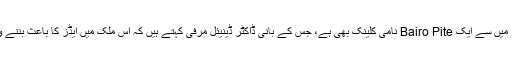
دیلی میں ایڈز کے مریضوں کا رضاکارانہ بنیادوں پر طبی معائنہ کرنے والے چند فلاحی مراکز میں سے ایک Bairo Pite نامی کلینک بھی ہے، جس کے بانی ڈاکٹر ڈینیئل مرفی کہتے ہیں کہ اس ملک میں ایڈز کا باعث بننے والے HIV وائرس کے بارے میں یہ سمجھا جاتا ہے کہ اس کے پھیلاؤ کی رفتار زیادہ نہیں ہے۔